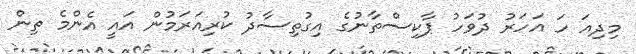
މިދިއަ ހަ އަހަރު ދުވަހު ޕާކިސްތާނުގެ އިގުތިސާދު ކުރިއަރަމުން އައީ އެންމެ ތިން